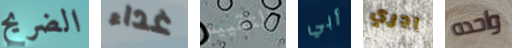
الضريح غداء التقييم أبي ادري واحده